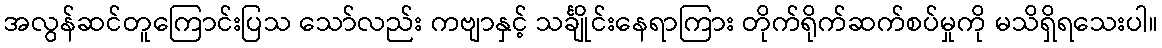
အလွန်ဆင်တူကြောင်းပြသ သော်လည်း ကဗျာနှင့် သင်္ချိုင်းနေရာကြား တိုက်ရိုက်ဆက်စပ်မှုကို မသိရှိရသေးပါ။